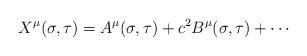
LaTeX: \begin{align*}X^{\mu}({\sigma}, {\tau})=A^{\mu}({\sigma}, {\tau})+c^2B^{\mu}({\sigma}, {\tau})+ \cdots\end{align*}